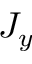
J _ { y }